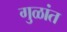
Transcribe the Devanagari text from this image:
गुळांत